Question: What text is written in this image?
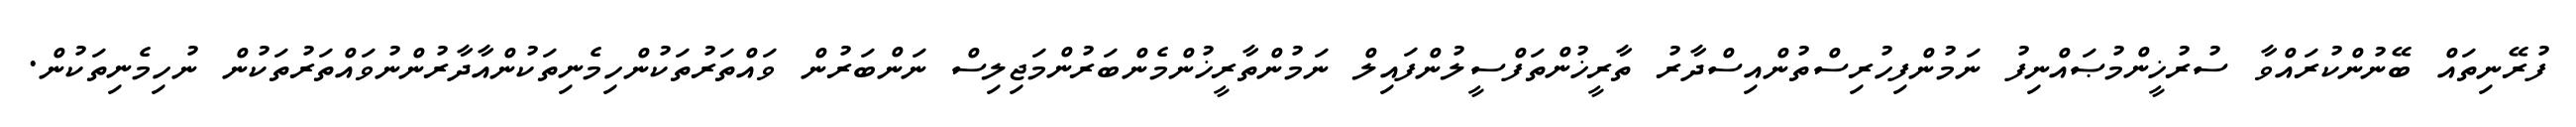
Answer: ފުރޭނިތައް ބޭނުންކުރައްވާ ސުރުޚީންމުޞައްނިފު ނަމުންފިހުރިސްތުންއިސްދާރު ތާރީޚުންތަފްސީލުންފައިލް ނަމުންތާރީޚުންމެންބަރުންމަޖިލިސް ނަންބަރުން ވައްތަރުތަކުންހިމެނިތަކުންއާދާރުންނުވައްތަރުތަކުން ނުހިމެނިތަކުން.